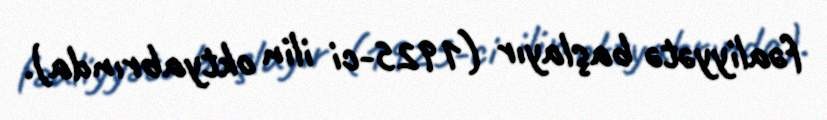
fəaliyyətə başlayır (1925-ci ilin oktyabrında).